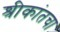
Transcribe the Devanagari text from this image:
श्रीकांतचा